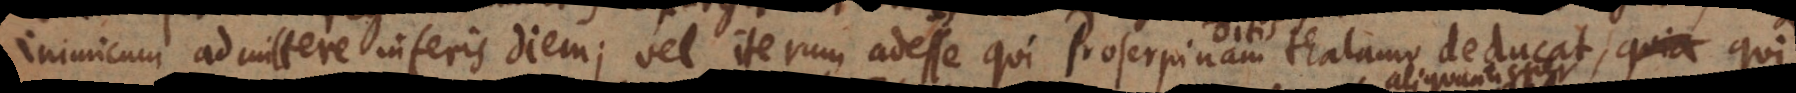
inimicum admittere inferis diem; vel iterum adesse qui Proserpinam thalamo deducat, quia qui